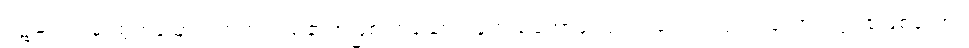
ဝဋ်ဆင်းရဲမှ ထွက်မြောက်တတ်သည်၏အဖြစ် ဟူသောအနက်သဘောကြောင့်။ လောကုတ္တရ၊ လောကုတ္တရာဖြစ်သော။